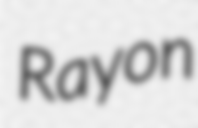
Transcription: Rayon